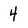
Character: 4